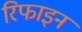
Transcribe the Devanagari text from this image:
रिफाइन